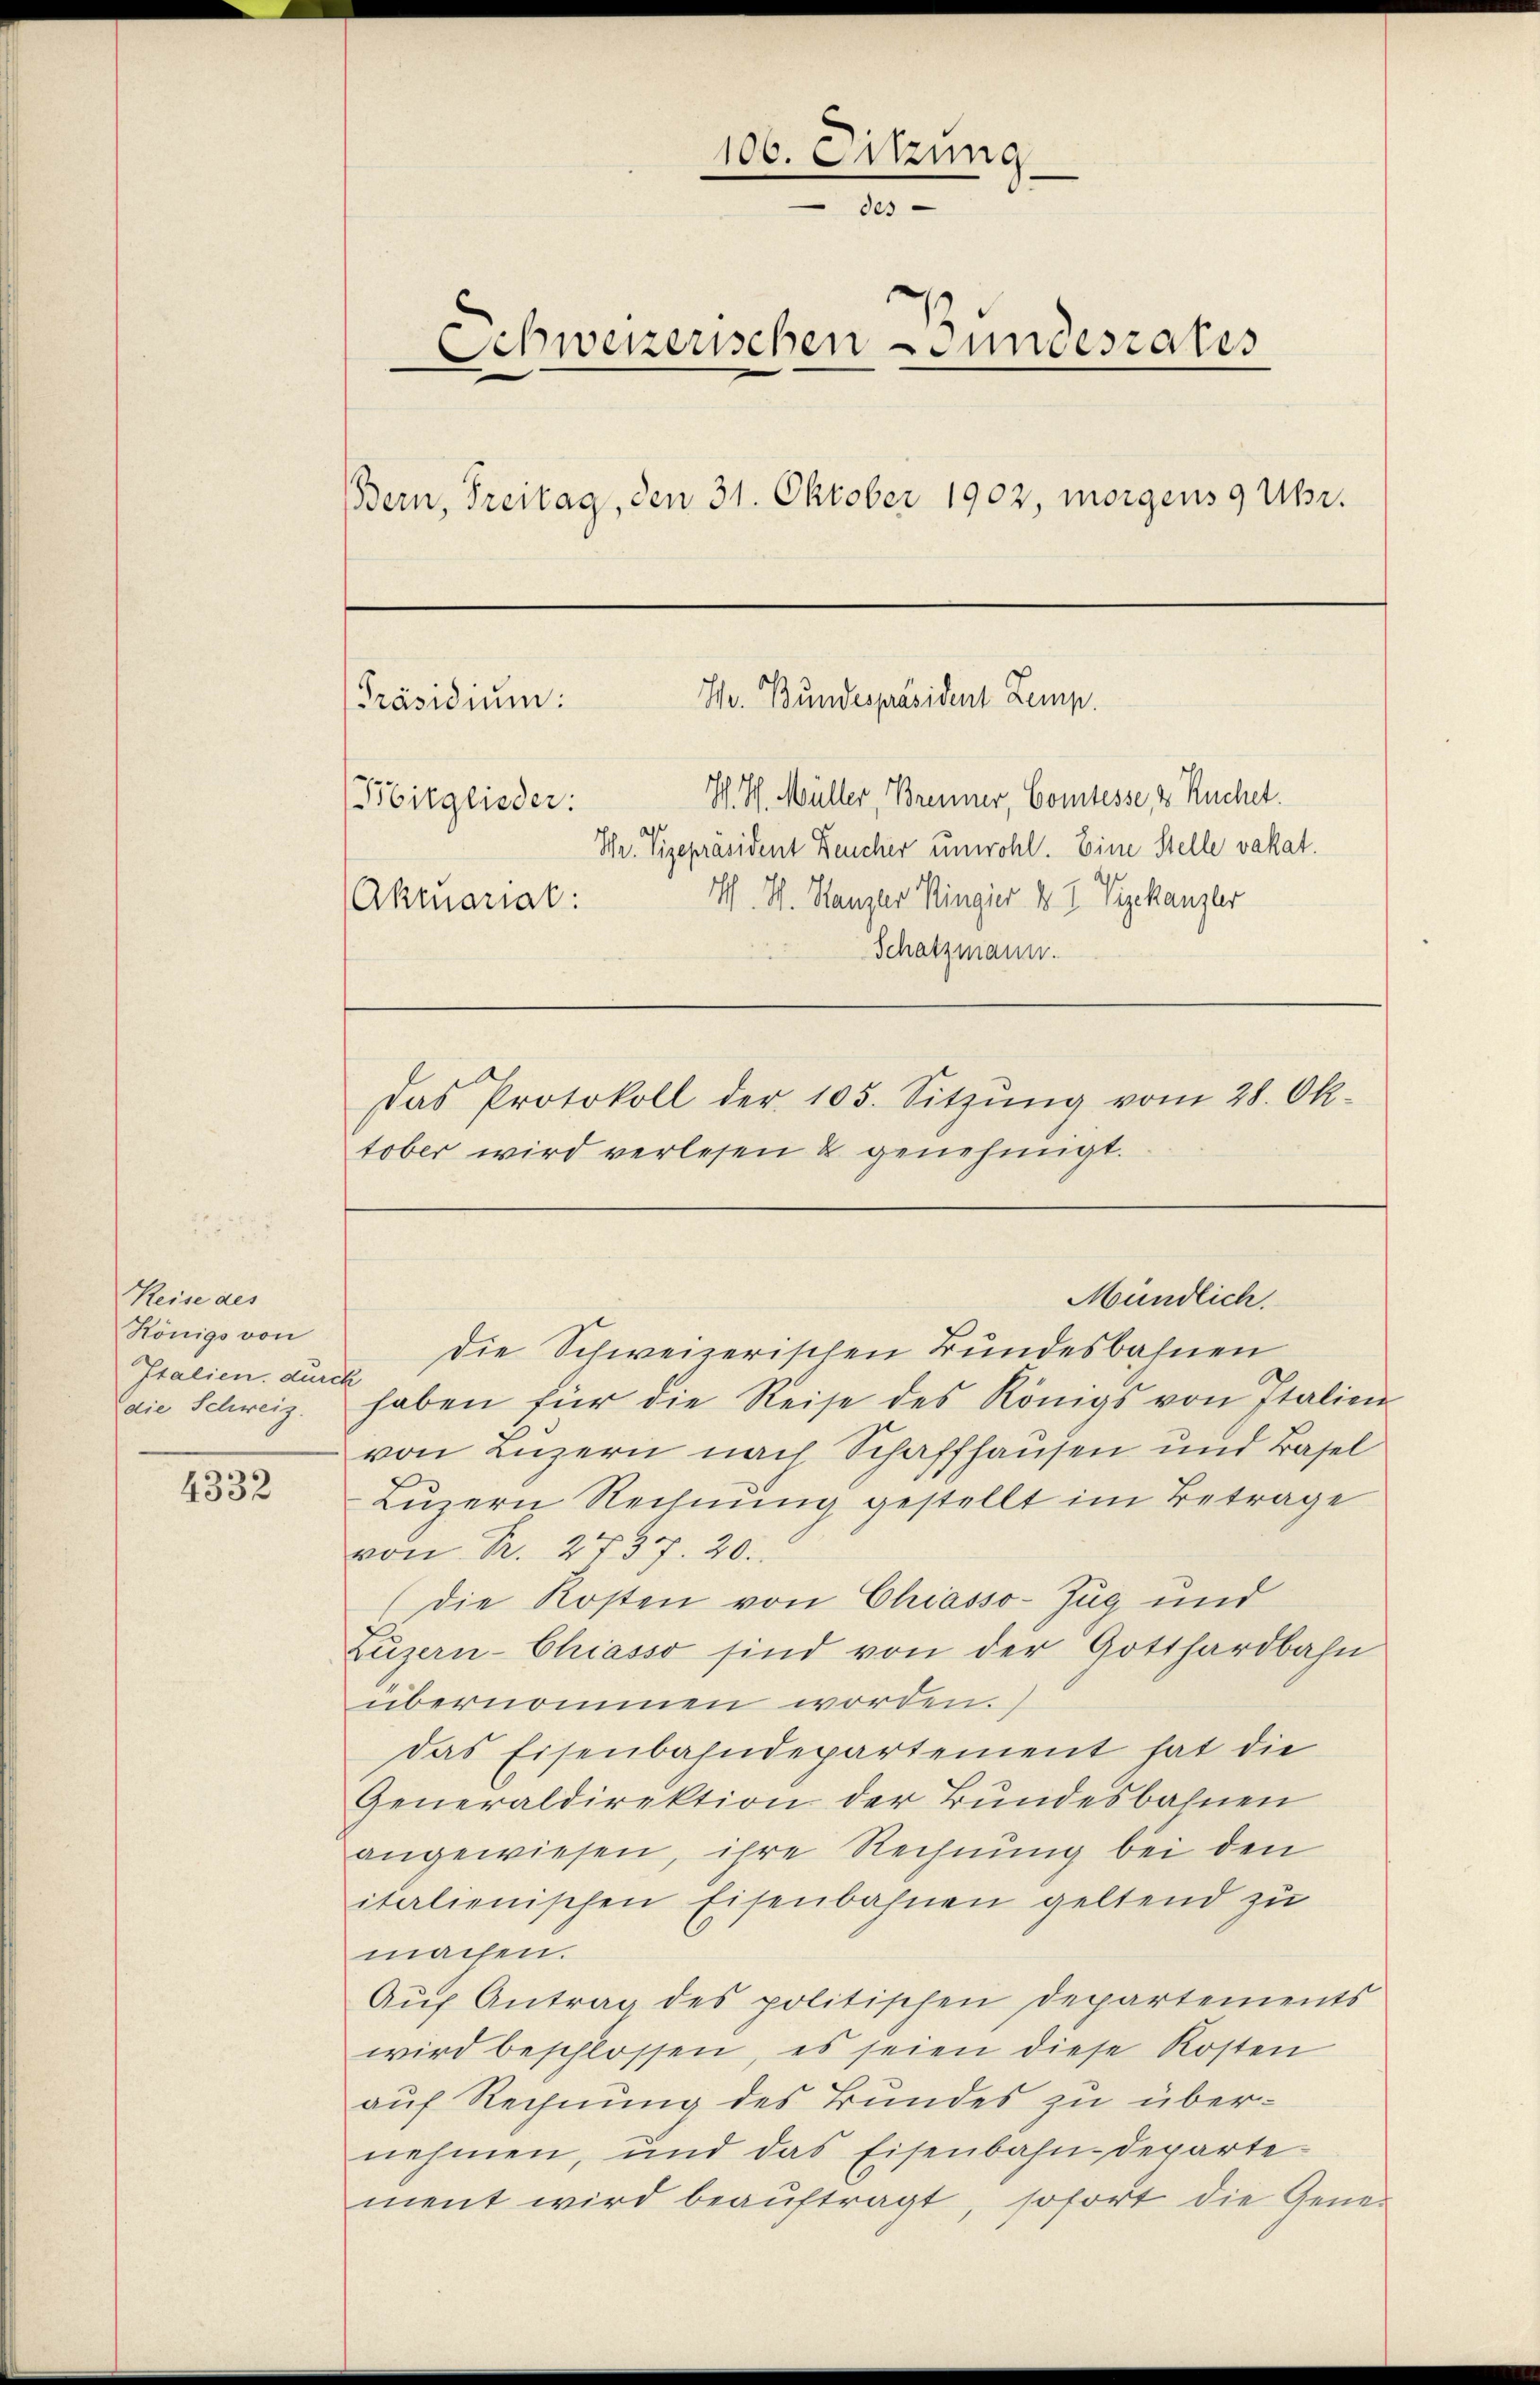
Reise des
Hönigs von
Italien, durch
die Schweiz.

4332

106. Sitzung.
.
des
Schweizerischen undesrates
Bern, Freitag, den 31. Oktober 1902, morgens 9 Uhr.
Hr. Bundespräsident Lemp.
Präsidium:
Ich. Hch. Müller, Brenner, Comtesse, & Ruchet.
Bitglieder:
Thr. Vizepräsident Feucher unwohl. Eine Stelle vakat.
M. M. Kanzer Ringier & 7 Vizekanzler
Akmariat:
Schatzmann.
Das Protokoll der 105. Sitzŭng vom 28. Ok-
tober wird verlesen & genehmigt.

Mündlich.

Die Schweizerischen Bundesbahnen
haben für die Reise des Königs von Italien
von Luzern nach Schaffhausen und Basel
Luzern Rechnung gestellt im Betrage
von Pr. 2737. 20.
(die Kosten von Chiasso-Zug und
Lŭzern-Chiasso sind von der Gotthardbahn
übernommen worden.
das Eisenbahndepartement hat die
Generaldirektion der Bundesbahnen
angewiesen, ihre Rechnung bei den
italienischen Eisenbahnen geltend zu
machen.
Auf Antrag des politischen Departements
wird beschlossen, es seien diese Kosten
auf Rechnung des Bundes zu übernehmen, und das Eisenbahndepartement wird beaŭftragt, sofort die Gene¬